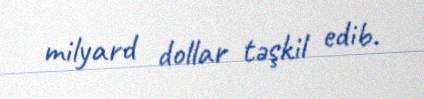
milyard dollar təşkil edib.